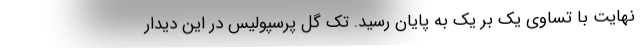
نهایت با تساوی یک بر یک به پایان رسید. تک گل پرسپولیس در این دیدار